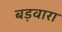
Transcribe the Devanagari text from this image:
बड़वारा